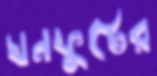
ঘনফুটের